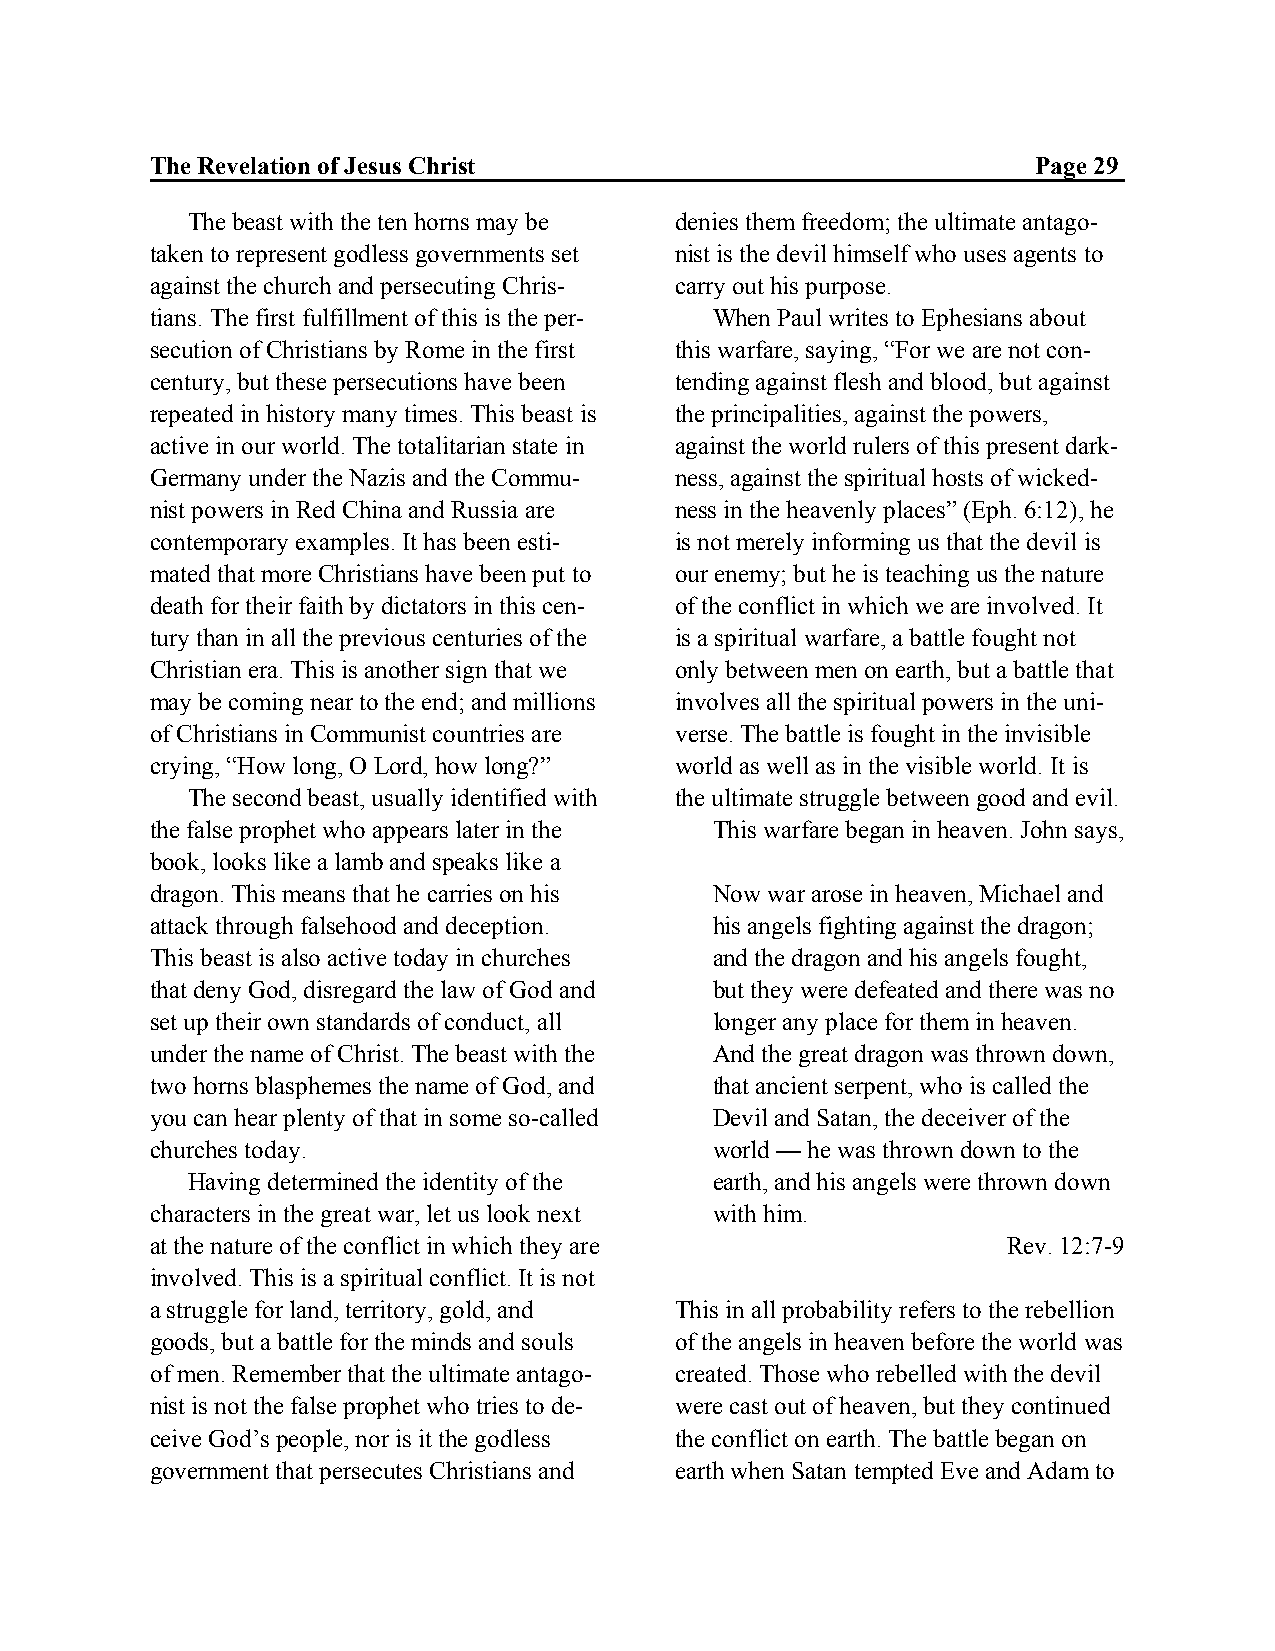
The Revelation of Jesus Christ                             Page 29
 The beast with the ten horns may be denies them freedom; the ultimate antago-
 taken to represent godless governments set nist is the devil himself who uses agents to
 against the church and persecuting Chris- carry out his purpose.
 tians. The first fulfillment of this is the per- When Paul writes to Ephesians about
 secution of Christians by Rome in the first this warfare, saying, “For we are not con-
 century, but these persecutions have been tending against flesh and blood, but against
 repeated in history many times. This beast is the principalities, against the powers,
 active in our world. The totalitarian state in against the world rulers of this present dark-
 Germany under the Nazis and the Commu- ness, against the spiritual hosts of wicked-
 nist powers in Red China and Russia are ness in the heavenly places” (Eph. 6:12), he
 contemporary examples. It has been esti- is not merely informing us that the devil is
 mated that more Christians have been put to our enemy; but he is teaching us the nature
 death for their faith by dictators in this cen- of the conflict in which we are involved. It
 tury than in all the previous centuries of the is a spiritual warfare, a battle fought not
 Christian era. This is another sign that we only between men on earth, but a battle that
 may be coming near to the end; and millions involves all the spiritual powers in the uni-
 of Christians in Communist countries are verse. The battle is fought in the invisible
 crying, “How long, O Lord, how long?” world as well as in the visible world. It is
 The second beast, usually identified with the ultimate struggle between good and evil.
 the false prophet who appears later in the This warfare began in heaven. John says,
 book, looks like a lamb and speaks like a
 dragon. This means that he carries on his Now war arose in heaven, Michael and
 attack through falsehood and deception. his angels fighting against the dragon;
 This beast is also active today in churches and the dragon and his angels fought,
 that deny God, disregard the law of God and but they were defeated and there was no
 set up their own standards of conduct, all longer any place for them in heaven.
 under the name of Christ. The beast with the And the great dragon was thrown down,
 two horns blasphemes the name of God, and that ancient serpent, who is called the
 you can hear plenty of that in some so-called Devil and Satan, the deceiver of the
 churches today.                      world — he was thrown down to the
 Having determined the identity of the earth, and his angels were thrown down
 characters in the great war, let us look next with him.
 at the nature of the conflict in which they are          Rev. 12:7-9
 involved. This is a spiritual conflict. It is not
 a struggle for land, territory, gold, and This in all probability refers to the rebellion
 goods, but a battle for the minds and souls of the angels in heaven before the world was
 of men. Remember that the ultimate antago- created. Those who rebelled with the devil
 nist is not the false prophet who tries to de- were cast out of heaven, but they continued
 ceive God’s people, nor is it the godless the conflict on earth. The battle began on
 government that persecutes Christians and earth when Satan tempted Eve and Adam to